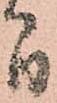
間